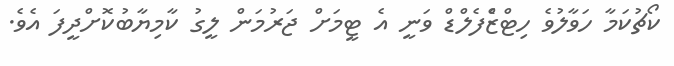
ކޯޗުކަމާ ހަވާލުވެ ހިޓްޒްެފެލްޑް ވަނީ އެ ޓީމަށް ޖަރުމަން ލީގު ކާމިޔާބުކޮށްދީފަ އެވެ.